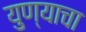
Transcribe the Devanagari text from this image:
युण्याचा